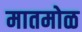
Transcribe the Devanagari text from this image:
मातमोळ